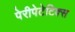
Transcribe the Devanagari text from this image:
पेरीपेटेटिक्स